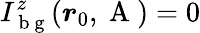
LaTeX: I_{\mathrm{~b~g~}}^{z}(\boldsymbol{r}_{0},\mathrm{~A~})=0